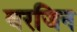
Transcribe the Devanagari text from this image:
वरजिन